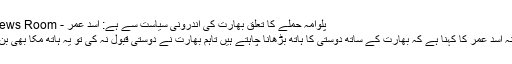
پلوامہ حملے کا تعلق بھارت کی اندرونی سیاست سے ہے: اسد عمر - Urdu News Room
وزیر خزانہ اسد عمر کا کہنا ہے کہ بھارت کے ساتھ دوستی کا ہاتھ بڑھانا چاہتے ہیں تاہم بھارت نے دوستی قبول نہ کی تو یہ ہاتھ مکا بھی بن سکتا ہے۔